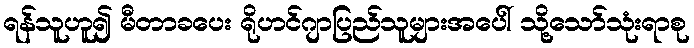
ရန်သူဟူ၍ မီတာခပေး ရိုဟင်ဂျာပြည်သူများအပေါ် သို့သော်သုံးရာစု